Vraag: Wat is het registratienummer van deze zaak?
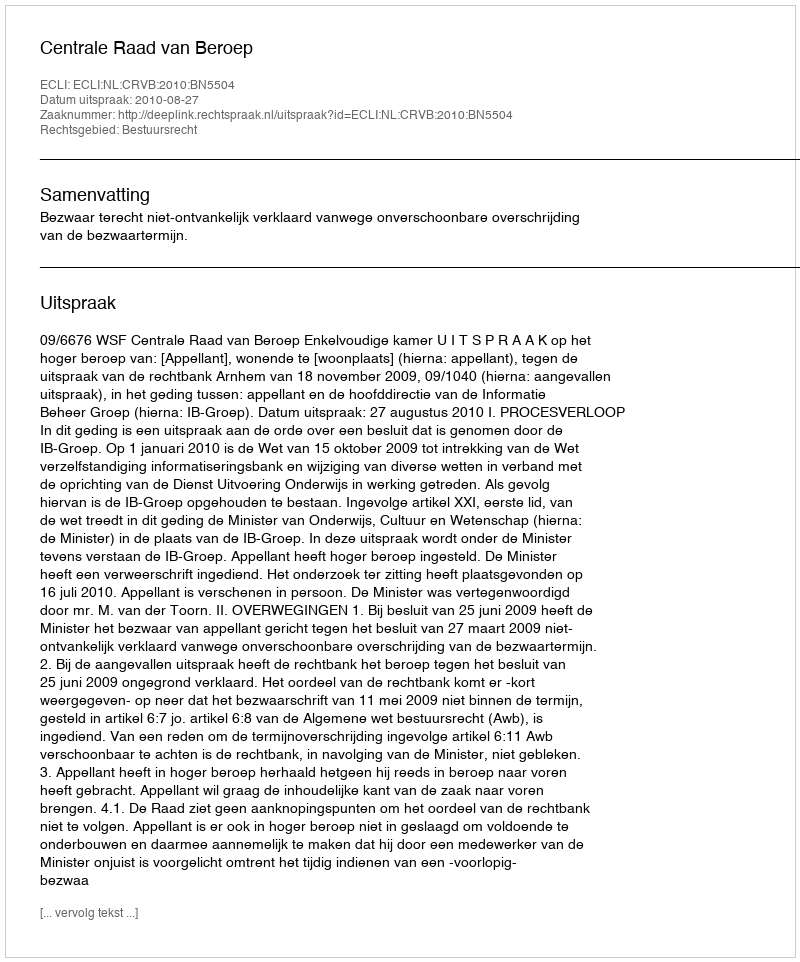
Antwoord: http://deeplink.rechtspraak.nl/uitspraak?id=ECLI:NL:CRVB:2010:BN5504